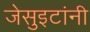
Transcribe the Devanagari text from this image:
जेसुइटांनी